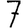
Digit: 7